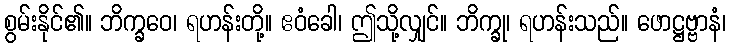
စွမ်းနိုင်၏။ ဘိက္ခဝေ၊ ရဟန်းတို့။ ဧဝံခေါ၊ ဤသို့လျှင်။ ဘိက္ခု၊ ရဟန်းသည်။ ဖောဋ္ဌဗ္ဗာနံ၊